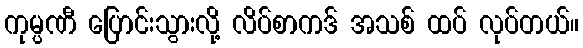
ကုမ္ပဏီ ပြောင်းသွားလို့ လိပ်စာကဒ် အသစ် ထပ် လုပ်တယ်။